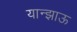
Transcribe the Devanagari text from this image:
यान्झाऊ